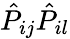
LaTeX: \hat{P}_{ij}\hat{P}_{il}